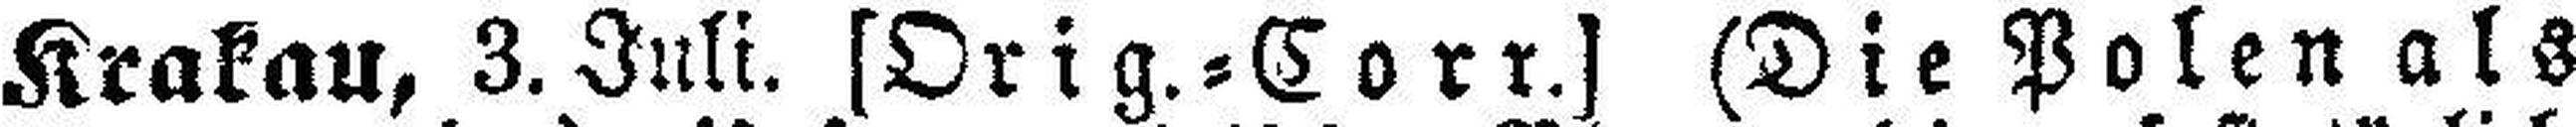
Krakau, 3. Juli. [Orig.=Corr.] (Die Polen als